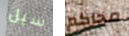
سيل محاكم